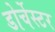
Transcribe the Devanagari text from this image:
डोर्चेस्टर